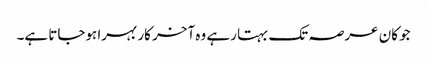
جو کان عرصہ تک بہتا رہے وہ آخر کار بہرا ہوجاتا ہے۔